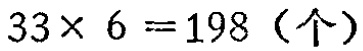
\(33\times 6 =198 \text{（个）}\)